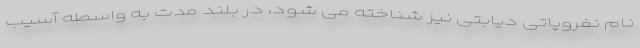
نام نفروپاتی دیابتی نیز شناخته می شود، در بلند مدت به واسطه آسیب